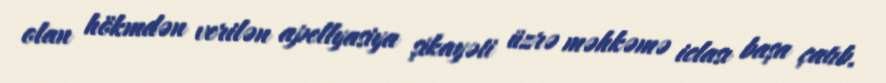
olan hökmdən verilən apellyasiya şikayəti üzrə məhkəmə iclası başa çatıb.